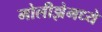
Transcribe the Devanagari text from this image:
मोलीझेमध्ये